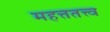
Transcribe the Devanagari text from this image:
महत्ततत्त्व